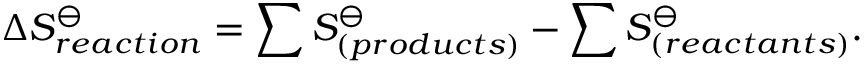
\Delta S _ { r e a c t i o n } ^ { \ominus } = \sum S _ { ( p r o d u c t s ) } ^ { \ominus } - \sum S _ { ( r e a c t a n t s ) } ^ { \ominus } .